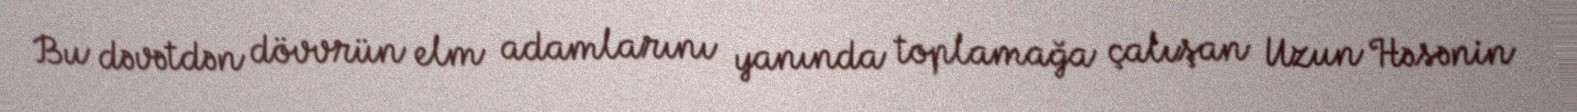
Bu dəvətdən dövvrün elm adamlarını yanında toplamağa çalışan Uzun Həsənin